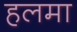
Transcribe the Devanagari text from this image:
हलमा